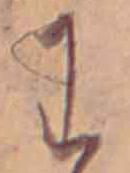
わ